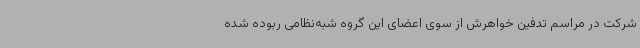
شرکت در مراسم تدفین خواهرش از سوی اعضای این گروه شبه‌نظامی ربوده شده